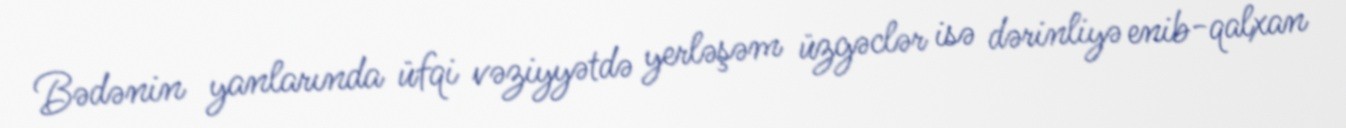
Bədənin yanlarında üfqi vəziyyətdə yerləşəm üzgəclər isə dərinliyə enib-qalxan